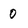
Character: O